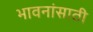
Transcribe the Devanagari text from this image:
भावनांसाठी